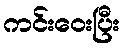
ကင်းဝေးပြီး